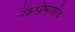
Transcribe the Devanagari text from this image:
नेक्रश्लेष्माशोथ